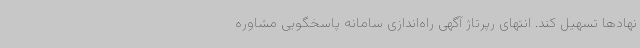
نهادها تسهیل کند. انتهای رپرتاژ آگهی راه‌اندازی سامانه پاسخگویی مشاوره